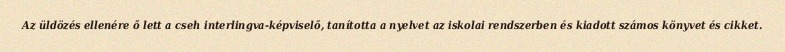
Az üldözés ellenére ő lett a cseh interlingva-képviselő, tanította a nyelvet az iskolai rendszerben és kiadott számos könyvet és cikket.